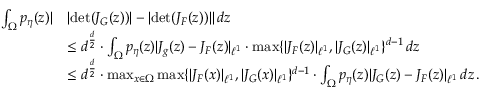
\begin{array} { r l } { \int _ { \Omega } p _ { \eta } ( z ) | } & { | \mathrm { d e t } ( J _ { G } ( z ) ) | - | \mathrm { d e t } ( J _ { F } ( z ) ) | | \, d z } \\ & { \leq d ^ { \frac { d } { 2 } } \cdot \int _ { \Omega } p _ { \eta } ( z ) | J _ { g } ( z ) - J _ { F } ( z ) | _ { \ell ^ { 1 } } \cdot \operatorname* { m a x } \{ | J _ { F } ( z ) | _ { \ell ^ { 1 } } , | J _ { G } ( z ) | _ { \ell ^ { 1 } } \} ^ { d - 1 } \, d z } \\ & { \leq d ^ { \frac { d } { 2 } } \cdot \operatorname* { m a x } _ { x \in \Omega } \operatorname* { m a x } \{ | J _ { F } ( x ) | _ { \ell ^ { 1 } } , | J _ { G } ( x ) | _ { \ell ^ { 1 } } \} ^ { d - 1 } \cdot \int _ { \Omega } p _ { \eta } ( z ) | J _ { G } ( z ) - J _ { F } ( z ) | _ { \ell ^ { 1 } } \, d z \, . } \end{array}